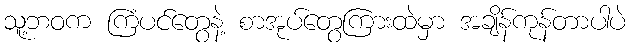
သူ့ဘဝက ကြံပင်တွေနဲ့ စာအုပ်တွေကြားထဲမှာ အချိန်ကုန်တာပါပဲ